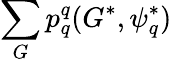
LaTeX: \sum_{G}p_{q}^{q}(G^{*},\psi_{q}^{*})